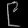
Digit: ၉